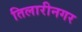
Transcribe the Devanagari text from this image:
तिलारीनगर